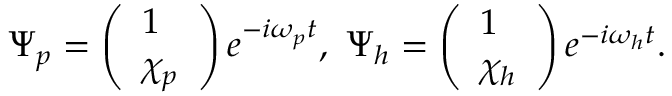
\begin{array} { r } { \Psi _ { p } = \left( \begin{array} { l } { 1 } \\ { \chi _ { p } } \end{array} \right) e ^ { - i \omega _ { p } t } , ~ \Psi _ { h } = \left( \begin{array} { l } { 1 } \\ { \chi _ { h } } \end{array} \right) e ^ { - i \omega _ { h } t } . } \end{array}